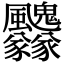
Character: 𩙢